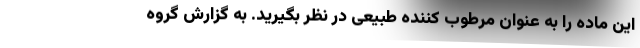
این ماده را به عنوان مرطوب کننده طبیعی در نظر بگیرید. به گزارش گروه